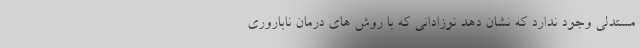
مستدلی وجود ندارد که نشان دهد نوزادانی که با روش های درمان ناباروری